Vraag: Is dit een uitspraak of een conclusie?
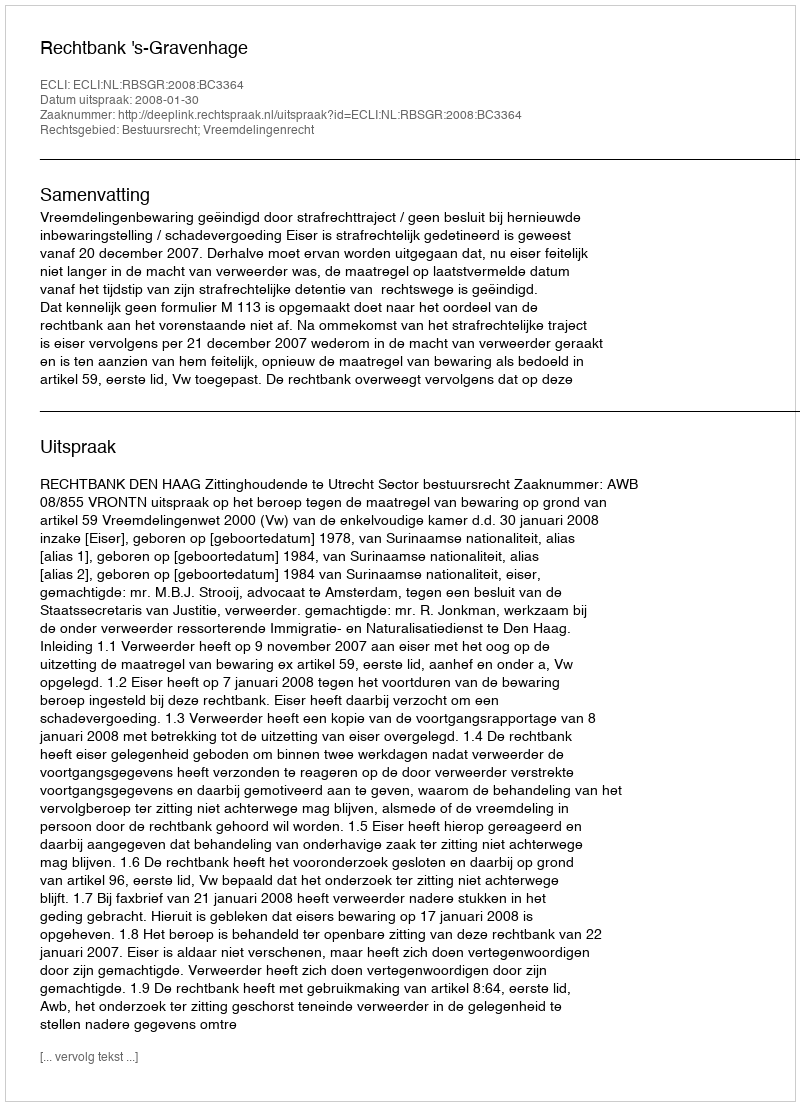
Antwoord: Uitspraak